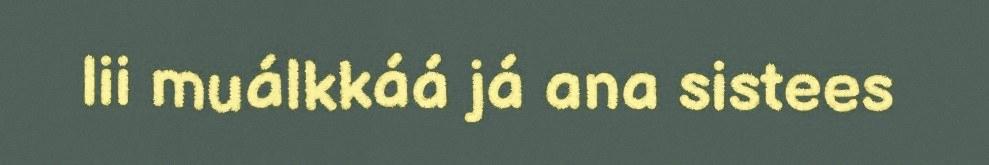
lii muálkkáá já ana sistees